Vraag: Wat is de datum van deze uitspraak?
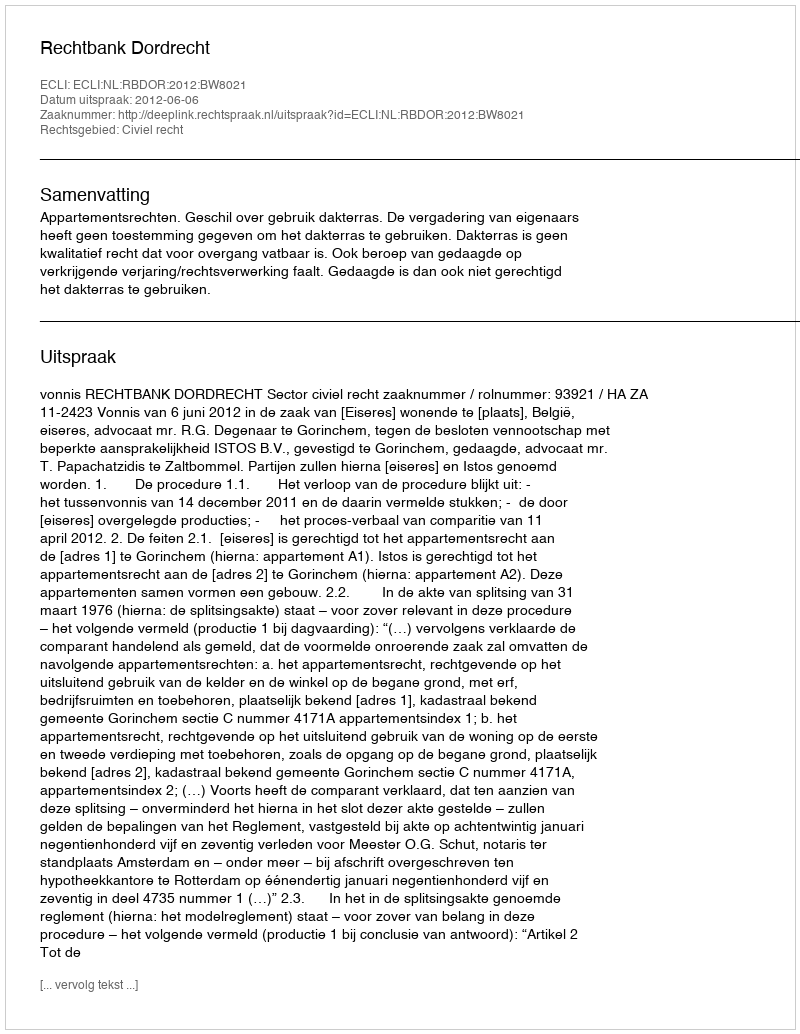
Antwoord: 2012-06-06